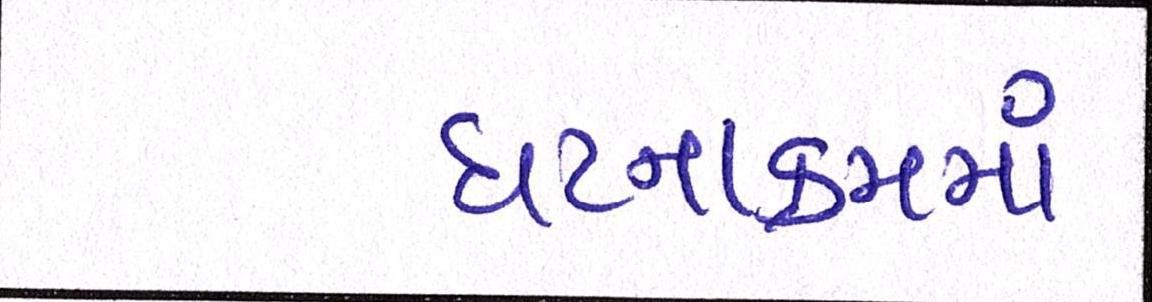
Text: ઘટનાક્રમમાં